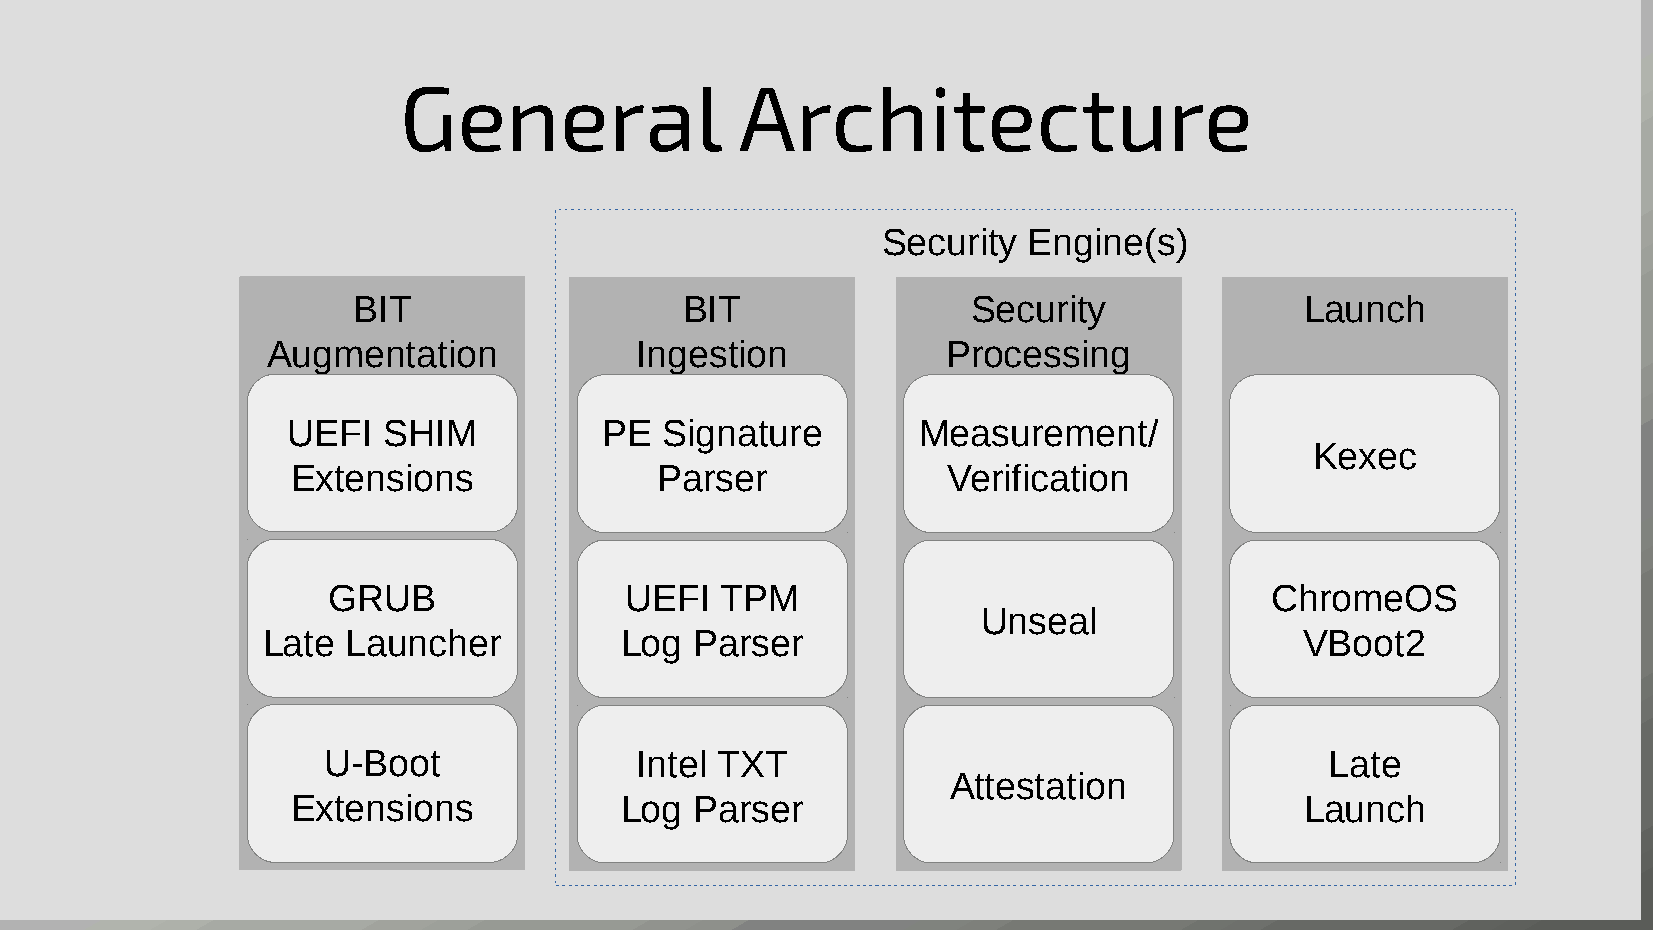
General                Architecture
 Security  Engine(s)
 BIT                   BIT                Security              Launch
 Augmentation            Ingestion            Processing
 UEFI  SHIM           PE  Signature        Measurement/
 Kexec
 Extensions              Parser              Verification
 GRUB               UEFI   TPM                                 ChromeOS
 Unseal
 Late  Launcher          Log  Parser                                  VBoot2
 U-Boot               Intel TXT                                     Late
 Attestation
 Extensions            Log  Parser                                  Launch